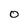
Character: O